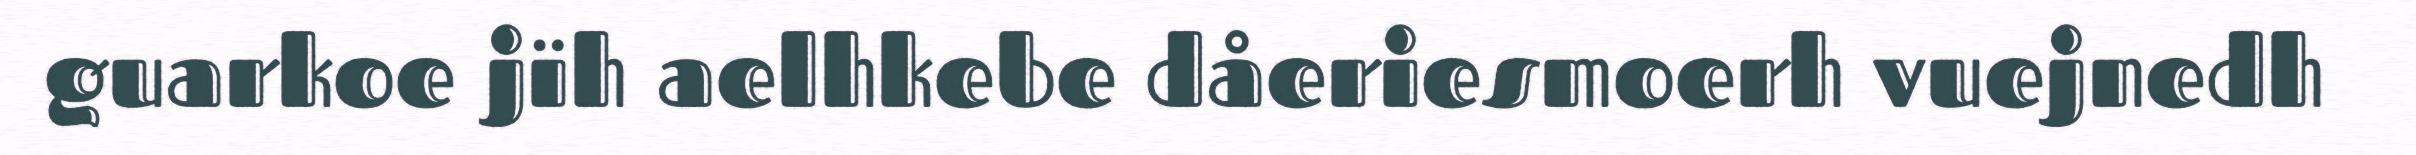
guarkoe jïh aelhkebe dåeriesmoerh vuejnedh